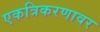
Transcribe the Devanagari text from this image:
एकत्रिकरणावर